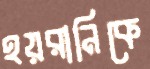
হয়রানিকে